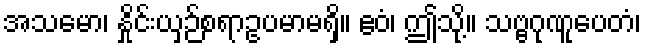
အသမော၊ နှိုင်းယှဉ်စရာဥပမာမရှိ။ ဧဝံ၊ ဤသို့။ သဗ္ဗဂုဏူပေတံ၊